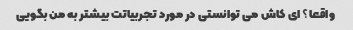
واقعا؟ ای کاش می توانستی در مورد تجربیاتت بیشتر به من بگویی